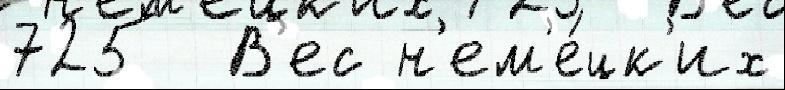
725  В'ес н'ем'е́цк'их